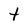
Character: t